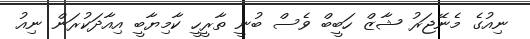
ނިއުގެ މެނޭޖަރު ޝާޒް ހަބީބް ވެސް ބުނީ ތާރީހީ ކާމިޔާބީ އިއާދަކުރަން ނިއު